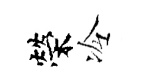
榮冷